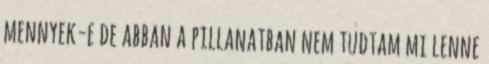
mennyek-e de abban a pillanatban nem tudtam mi lenne